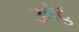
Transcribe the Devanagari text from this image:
उबंटु